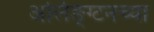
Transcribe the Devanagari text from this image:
अर्लिङ्ग्टनच्या